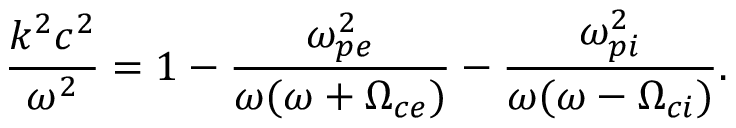
\frac { k ^ { 2 } c ^ { 2 } } { \omega ^ { 2 } } = 1 - \frac { \omega _ { p e } ^ { 2 } } { \omega ( \omega + \Omega _ { c e } ) } - \frac { \omega _ { p i } ^ { 2 } } { \omega ( \omega - \Omega _ { c i } ) } .